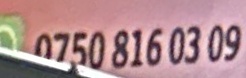
0750 816 03 09